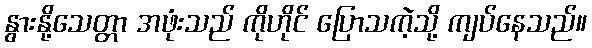
နွားနို့သေတ္တာ အဖုံးသည် ကိုဟိုင် ပြောသကဲ့သို့ ကျပ်နေသည်။